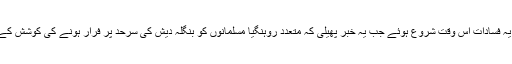
اطلاعات کے مطابق یہ فسادات اس وقت شروع ہوئے جب یہ خبر پھیلی کہ متعدد روہنگیا مسلمانوں کو بنگلہ دیش کی سرحد پر فرار ہونے کی کوشش کے دوران ہلاک کیا گیا۔